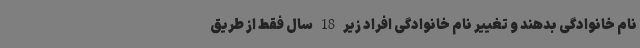
نام خانوادگی بدهند و تغییر نام خانوادگی افراد زیر 18 سال فقط از طریق